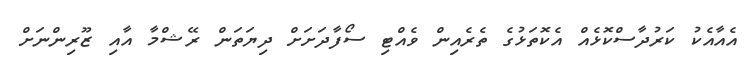
އެއާއެކު ކަރުދާސްކޮޅެއް އެކޮތަޅުގެ ތެރެއިން ވެއްޓި ސޯފާދަށަށް ދިޔަތަން ރޭޝްމާ އާއި ޒޫރިންނަށް